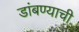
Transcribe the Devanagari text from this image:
डांबण्याची